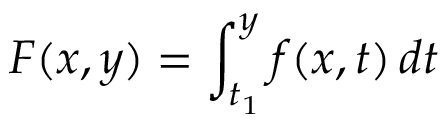
F ( x , y ) = \int _ { t _ { 1 } } ^ { y } f ( x , t ) \, d t